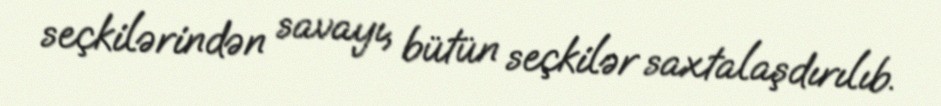
seçkilərindən savayı, bütün seçkilər saxtalaşdırılıb.